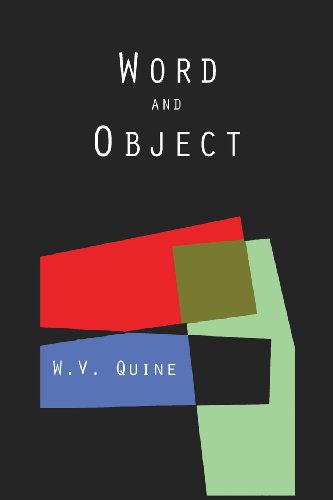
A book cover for Word and Object (Studies in Communication); Willard Van Orman Quine; Reference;